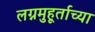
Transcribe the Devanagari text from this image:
लग्नमुहूर्ताच्या